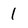
Character: 1